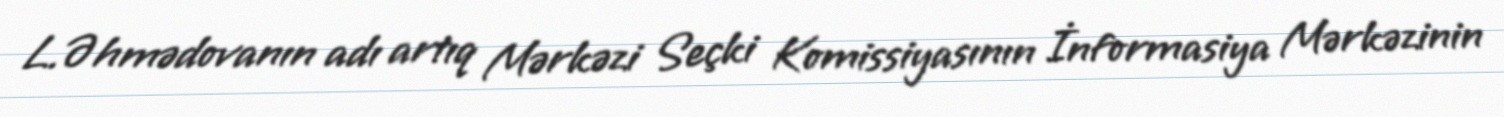
L.Əhmədovanın adı artıq Mərkəzi Seçki Komissiyasının İnformasiya Mərkəzinin